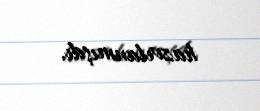
hazırlanmışdı.